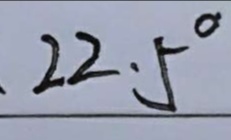
5 、 2 2 . 5 ^ { \circ }